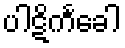
ပါဋိကင်္ခေါ